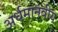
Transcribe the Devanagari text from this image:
अर्धमानवीय